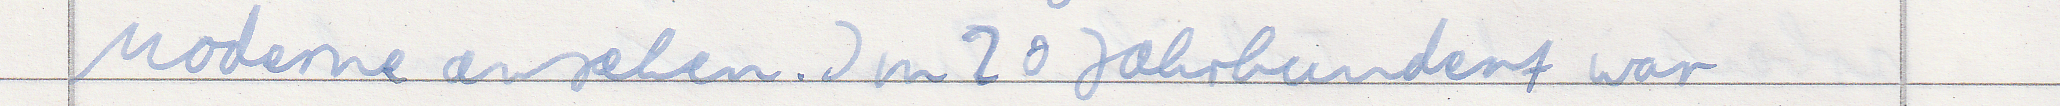
Moderne ansehen. Im 20 Jahrhundert war